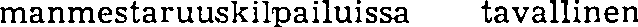
manmestaruuskilailuissa tavallinen